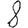
Digit: 8